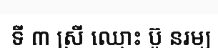
ទី ៣ ស្រី ឈ្មោះ ប៊ូ នរម្យ